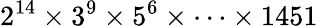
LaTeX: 2^{14}\times 3^{9}\times 5^{6}\times\cdots\times 1451